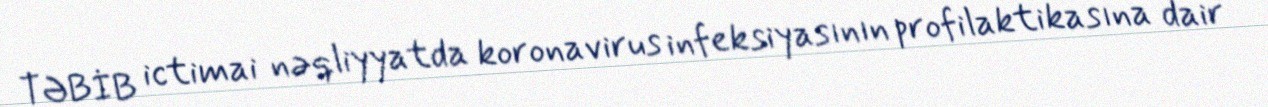
TƏBİB ictimai nəqliyyatda koronavirus infeksiyasının profilaktikasına dair